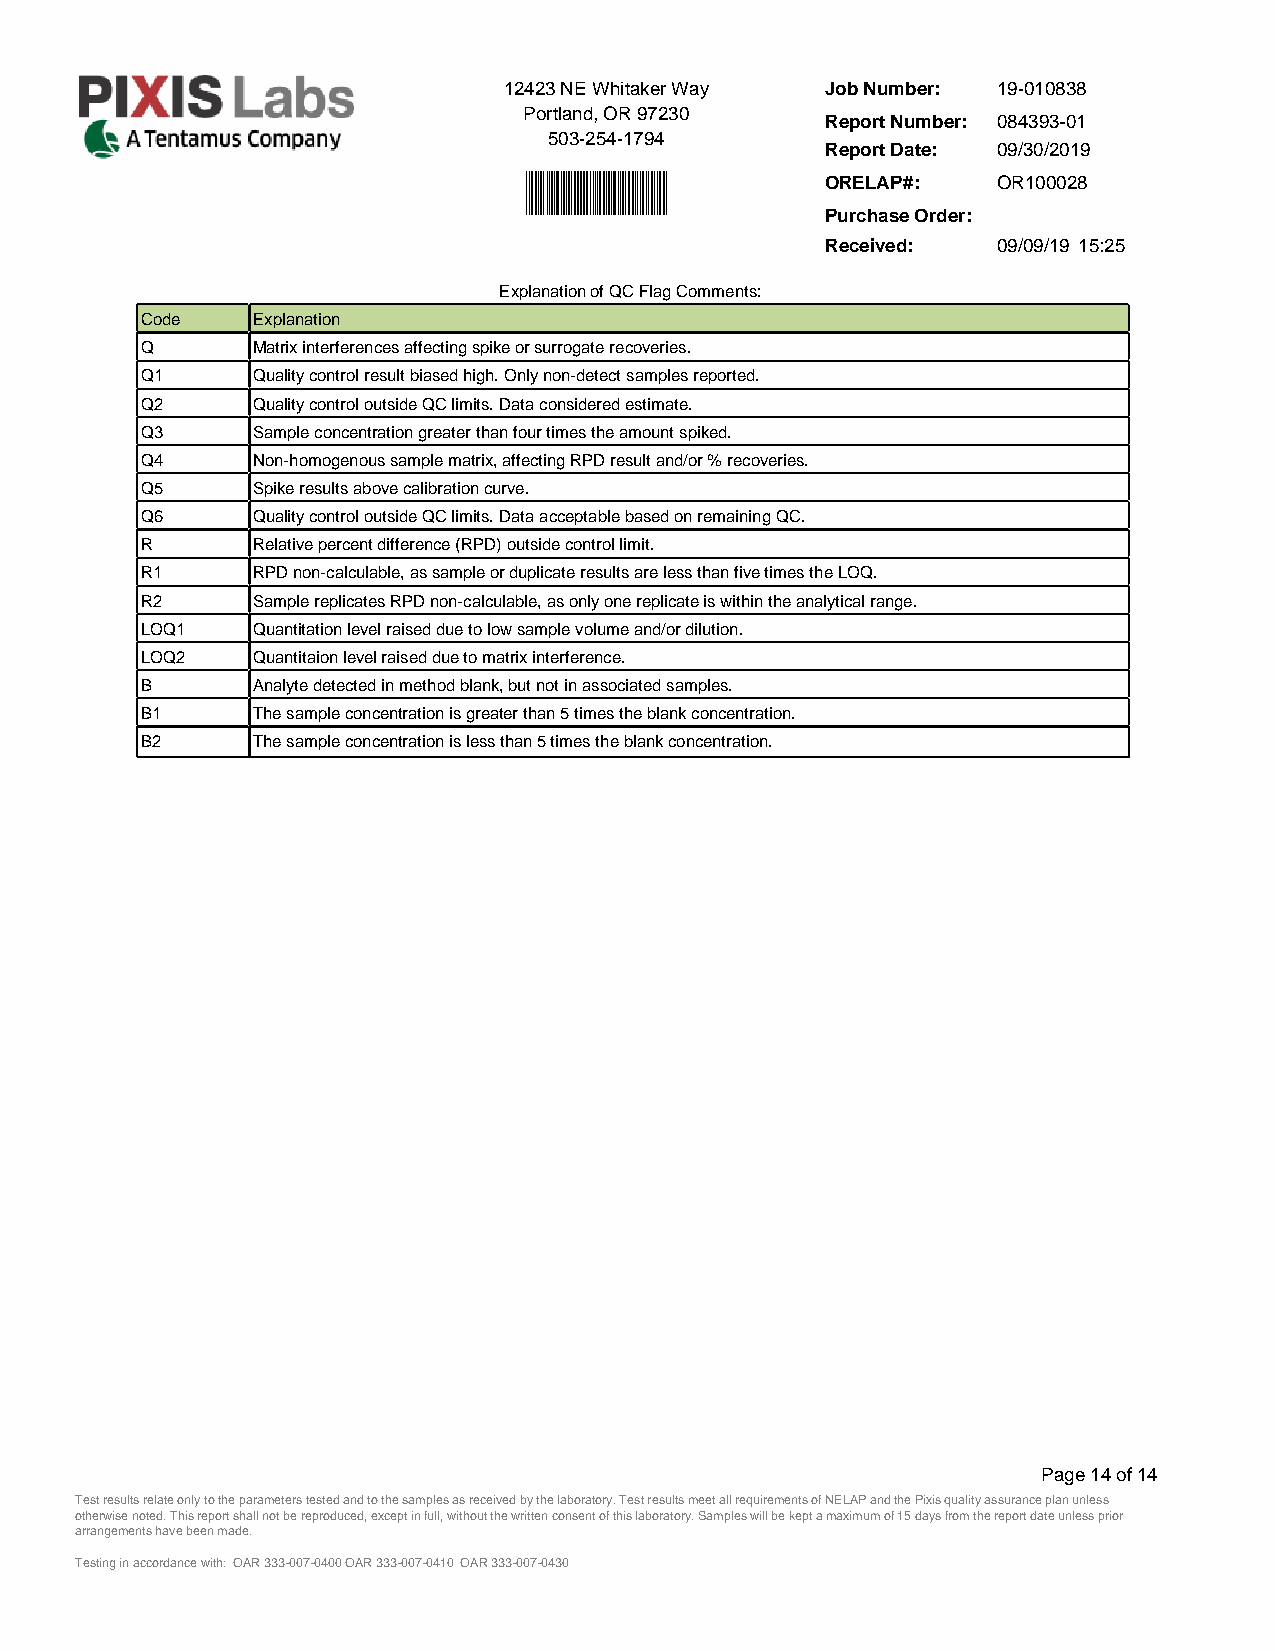
12423 NE Whitaker Way Job Number: 19-010838
 Portland, OR 97230
 Report Number: 084393­01
 503-254-1794
 Report Date: 09/30/2019
 ORELAP#:   OR100028
 Purchase Order:
 Received:  09/09/19 15:25
 Explanation of QC Flag Comments:
 Code    Explanation
 Q       Matrix interferences affecting spike or surrogate recoveries.
 Q1      Quality control result biased high. Only non-detect samples reported.
 Q2      Quality control outside QC limits. Data considered estimate.
 Q3      Sample concentration greater than four times the amount spiked.
 Q4      Non-homogenous sample matrix, affecting RPD result and/or % recoveries.
 Q5      Spike results above calibration curve.
 Q6      Quality control outside QC limits. Data acceptable based on remaining QC.
 R       Relative percent difference (RPD) outside control limit.
 R1      RPD non-calculable, as sample or duplicate results are less than five times the LOQ.
 R2      Sample replicates RPD non-calculable, as only one replicate is within the analytical range.
 LOQ1    Quantitation level raised due to low sample volume and/or dilution.
 LOQ2    Quantitaion level raised due to matrix interference.
 B       Analyte detected in method blank, but not in associated samples.
 B1      The sample concentration is greater than 5 times the blank concentration.
 B2      The sample concentration is less than 5 times the blank concentration.
 Page 14 of 14
 Test results relate only to the parameters tested and to the samples as received by the laboratory. Test results meet all requirements of NELAP and the Pixis quality assurance plan unless
 otherwise noted. This report shall not be reproduced, except in full, without the written consent of this laboratory. Samples will be kept a maximum of 15 days from the report date unless prior
 arrangements have been made.
 Testing in accordance with: OAR 333-007-0400 OAR 333-007-0410 OAR 333-007-0430